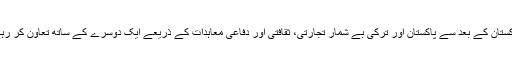
قیام پاکستان کے بعد سے پاکستان اور ترکی بے شمار تجارتی، ثقافتی اور دفاعی معاہدات کے ذریعے ایک دوسرے کے ساتھ تعاون کر رہے ہیں۔